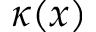
\kappa ( x )